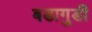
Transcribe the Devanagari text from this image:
बडागुडी